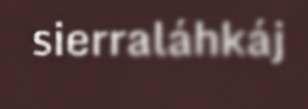
sierraláhkáj